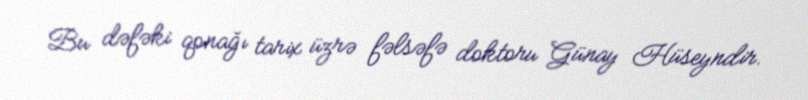
Bu dəfəki qonağı tarix üzrə fəlsəfə doktoru Günay Hüseyndir.